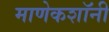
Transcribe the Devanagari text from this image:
माणेकशॉनी